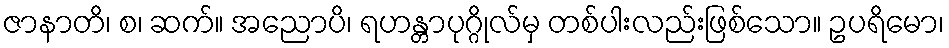
ဇာနာတိ၊ စ၊ ဆက်။ အညောပိ၊ ရဟန္တာပုဂ္ဂိုလ်မှ တစ်ပါးလည်းဖြစ်သော။ ဥပရိမော၊